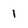
Character: 1